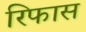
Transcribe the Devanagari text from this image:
रिफास